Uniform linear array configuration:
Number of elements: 12
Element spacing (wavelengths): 0.25
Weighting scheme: cosine
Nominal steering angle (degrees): -45
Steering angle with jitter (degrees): -43.057
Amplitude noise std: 0.05
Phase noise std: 0.05

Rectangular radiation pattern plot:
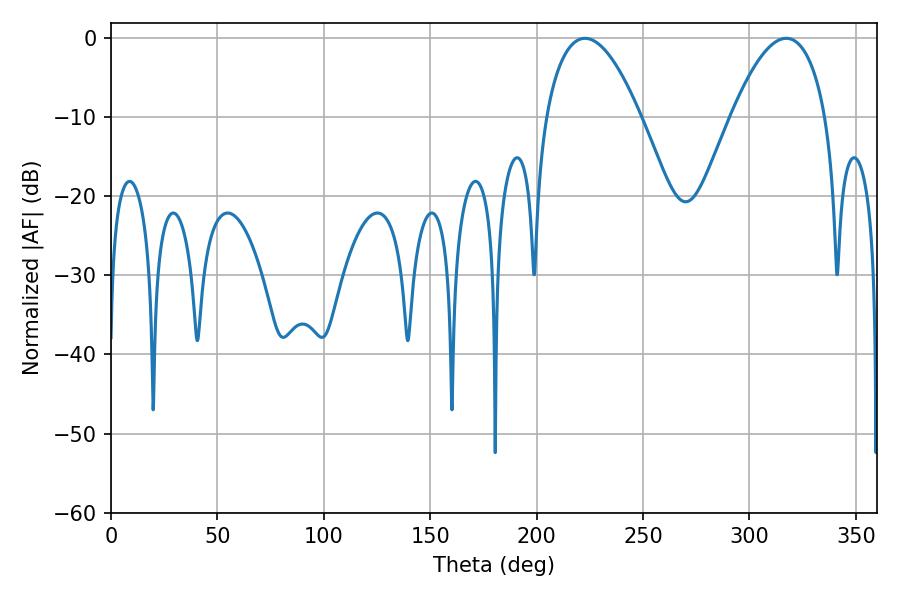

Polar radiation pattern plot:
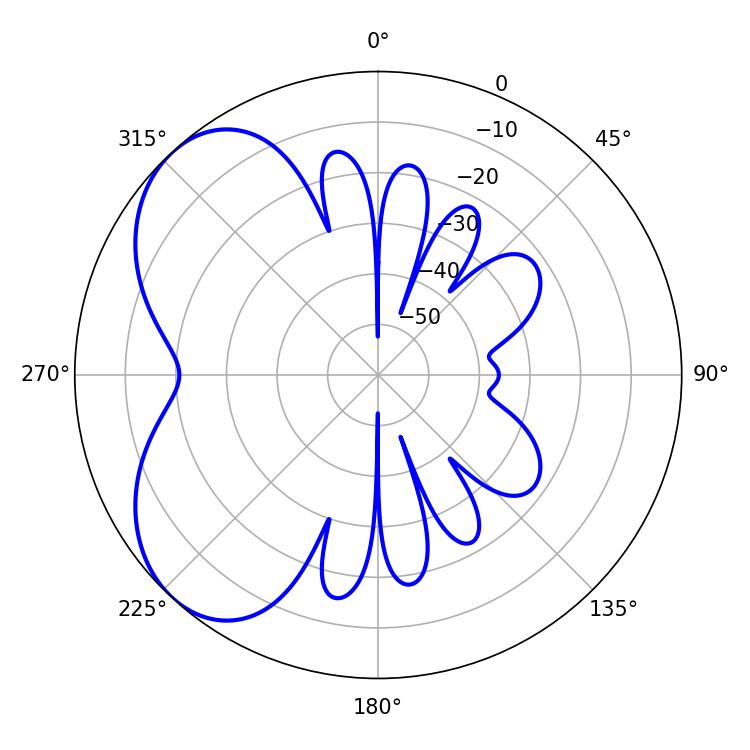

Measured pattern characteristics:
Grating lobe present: FALSE
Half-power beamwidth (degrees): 24.66
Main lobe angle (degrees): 222.66